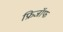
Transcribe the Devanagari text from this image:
फ्रिजॉफ